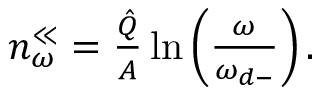
\begin{array} { r } { n _ { \omega } ^ { \ll } = \frac { \hat { Q } } { A } \ln \left( \frac { \omega } { \omega _ { d - } } \right) . } \end{array}